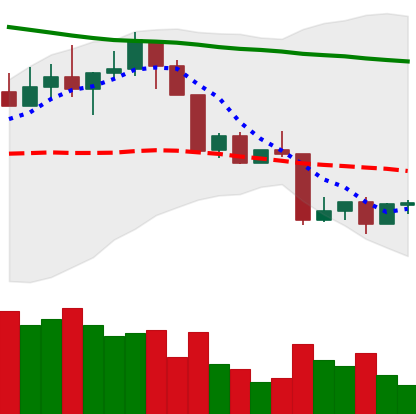
Ticker: LINK-USD
Chart end date: 2022-04-16
Forward return: -3.97%
Label: down_3_5